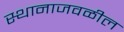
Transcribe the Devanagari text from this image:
स्थानाजवळील